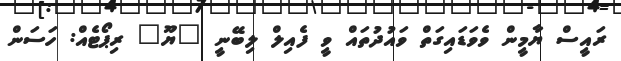
ރައީސް ޔާމީން ވެވަޑައިގަތް ވައުދުތައް ވީ ފެއިލް ލިބޭނީ "ޔޫ" ރިޕޯޓެއް: ހަސަން